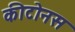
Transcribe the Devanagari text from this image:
कीटोनस